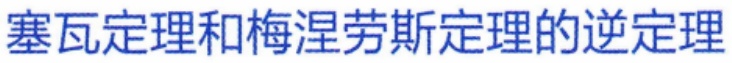
塞瓦定理和梅涅劳斯定理的逆定理